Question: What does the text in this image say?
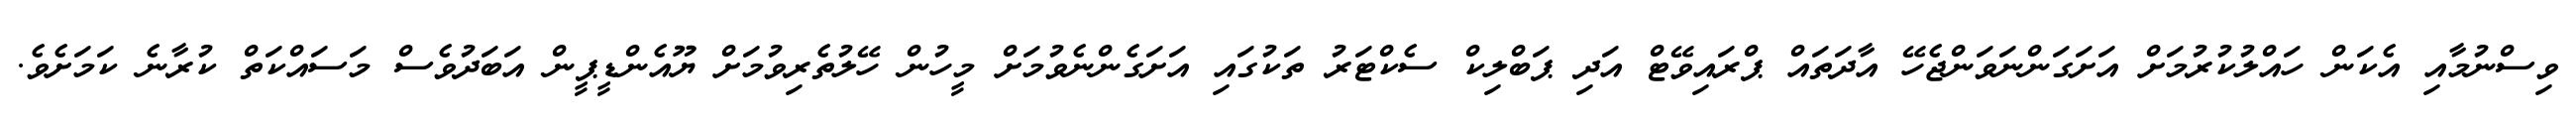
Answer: ވިސްނުމާއި އެކަން ހައްލުކުރުމަށް އަށަގަންނަވަންޖެހޭ އާދަތައް ޕްރައިވޭޓް އަދި ޕަބްލިކް ސެކްޓަރު ތަކުގައި އަށަގެންނެވުމަށް މީހުން ހޭލުތެރިވުމަށް ޔޫއެންޑީޕީން އަބަދުވެސް މަސައްކަތް ކުރާނެ ކަމަށެވެ.